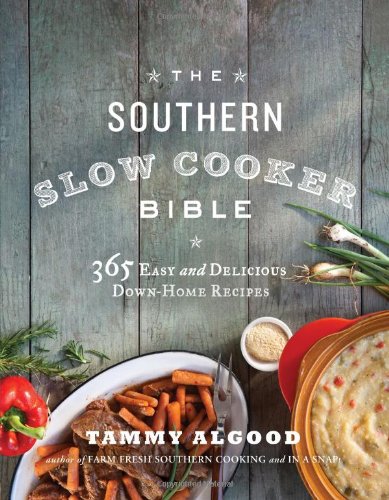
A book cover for The Southern Slow Cooker Bible: 365 Easy and Delicious Down-Home Recipes; Tammy Algood; Cookbooks, Food & Wine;